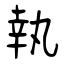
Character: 執